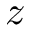
z